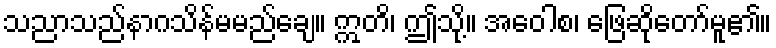
သညာသည်နာဂသိန်မမည်ချေ။ ဣတိ၊ ဤသို့။ အဝေါစ၊ ဖြေဆိုတော်မူ၏။